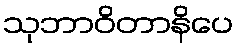
သုဘာဝိတာနိပေ